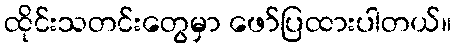
ထိုင်းသတင်းတွေမှာ ဖော်ပြထားပါတယ်။